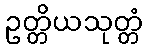
ဥတ္တိယသုတ္တံ